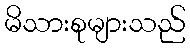
မိသားစုများသည်